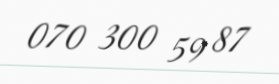
070 300 59 87